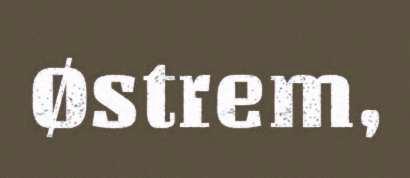
Østrem,